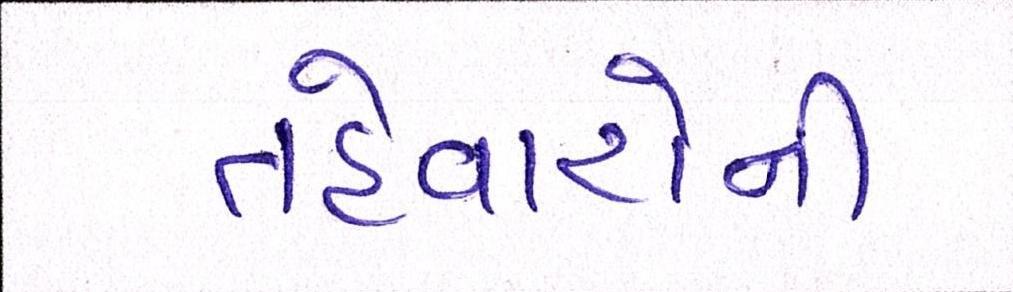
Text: તહેવારોની